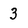
Character: 3